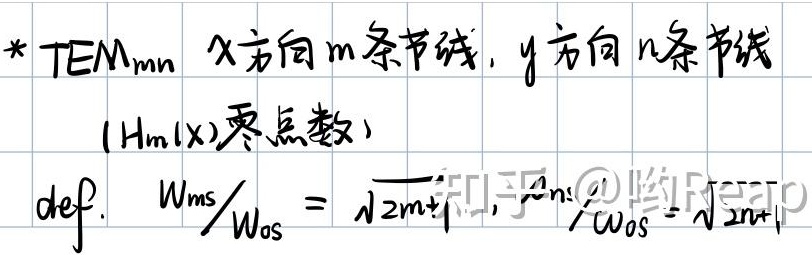
- $\text{TEM}_{mn}$：$x$方向$m$条节线，$y$方向$n$条节线（$H_m(x)$零点数）。$\text{def. }$ \(W_{ms}/W_{os}=\sqrt{2m + 1}\)，\(W_{ns}/W_{os}=\sqrt{2n + 1}\)